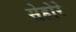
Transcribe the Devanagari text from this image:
सेहोरे